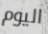
اليوم